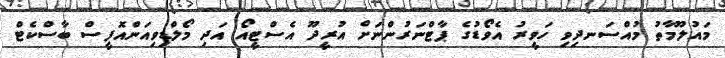
މައުލޫމާތު މުއްސަނދިވި ހަވީރު އެވޯޑުގެ ޕާޓްނަރުންނަށް އުރީދޫ އެސްޓީއޯ އަދި މޯލްޑިވިއަންއޮފީސް ބާސްކެޓް